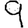
Digit: 9